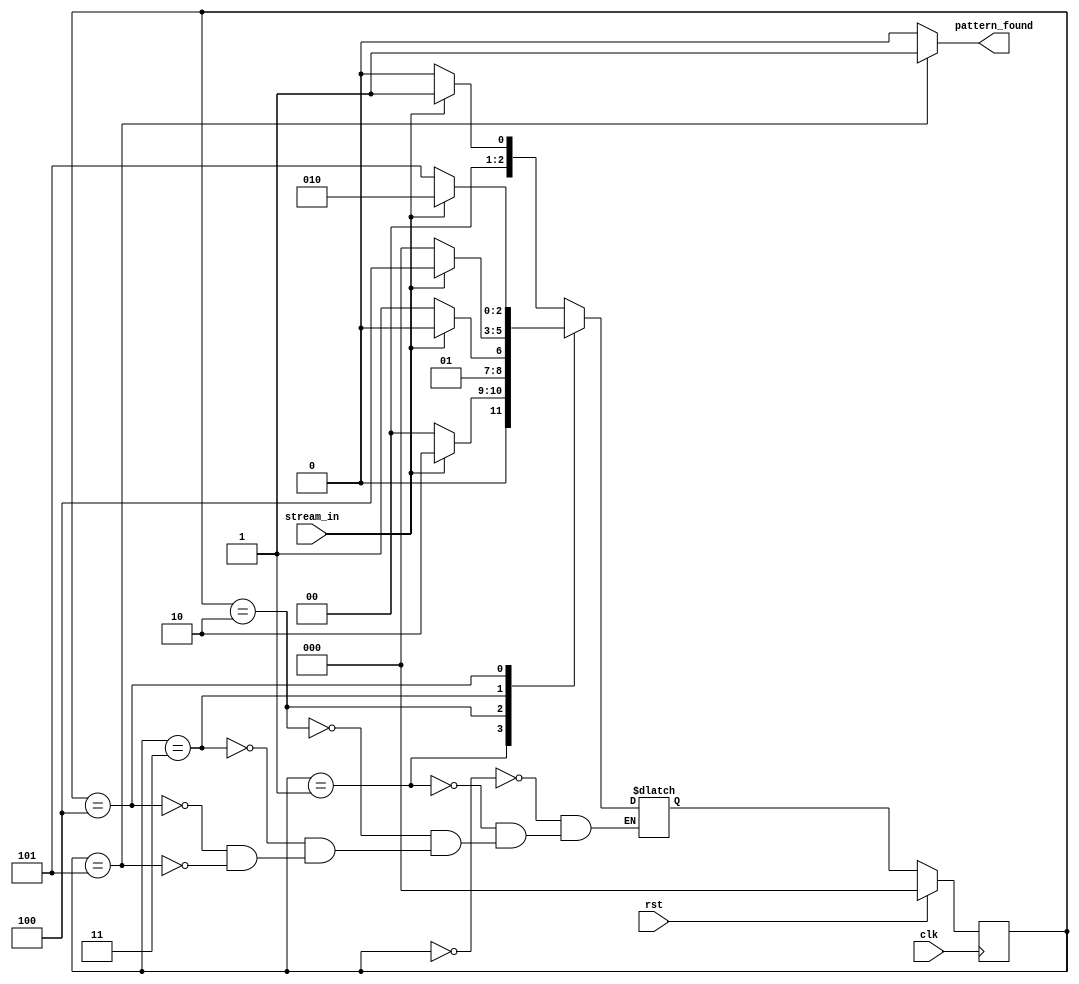
module pattern_detector(
    input clk,
	input rst,
	input stream_in,
	output reg pattern_found
);

    parameter state_reg_width = 3;
	parameter [state_reg_width - 1 : 0] found_0 = 3'b000,
	                                    found_1 = 3'b001,
										found_2 = 3'b010,
										found_3 = 3'b011,
										found_4 = 3'b100,
										found_5 = 3'b101;
    
	reg [state_reg_width - 1 : 0] curr_state, next_state;

	always @(posedge clk) begin
	    if(rst) begin
            curr_state <= found_0;
		end
        else begin
            curr_state <= next_state;		
		end
	end
	
	always @(*) begin
        pattern_found = 0; //default value
         
        case (curr_state)
			found_0: begin
			pattern_found = 0;
			
			if(stream_in == 0)
			    next_state = found_0; 
			else
			    next_state = found_1;
			end
			
			found_1: begin
			pattern_found = 0;
			
			if(stream_in == 0)
			    next_state = found_0; 
			else
			    next_state = found_2;
			end
			
			found_2: begin
			pattern_found = 0;
			
			if(stream_in == 0)
			    next_state = found_3; 
			else
			    next_state = found_2;
			end
			
			found_3: begin
			pattern_found = 0;
			
			if(stream_in == 0)
			    next_state = found_0; 
			else
			    next_state = found_4;
			end
			
			found_4: begin
			pattern_found = 0;
			
			if(stream_in == 0)
			    next_state = found_5; 
			else
			    next_state = found_2;
			end
			
			found_5: begin
			pattern_found = 1;
			
			if(stream_in == 0)
			    next_state = found_0; 
			else
			    next_state = found_1;
			end
        endcase		
	end
endmodule